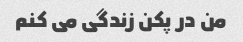
من در پکن زندگی می کنم